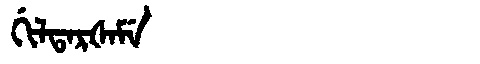
Manchu: ᡤᡳᠯᡨᠠᡵᡧᠠᠮᡝ
Romanization: GILTARŠAME